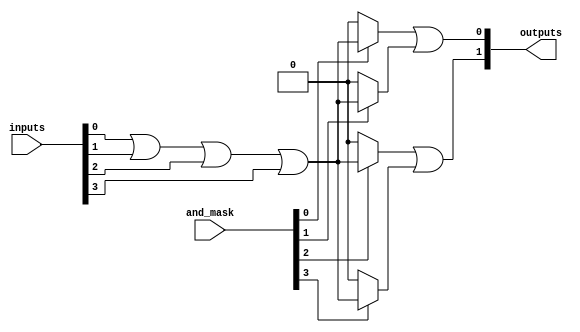
module masked_pal #(
    parameter NUM_INPUTS = 4,    // Number of inputs
    parameter NUM_AND_GATES = 4,  // Number of AND gates
    parameter NUM_OUTPUTS = 2     // Number of outputs
)(
    input [NUM_INPUTS-1:0] inputs,  // Input signals
    input [NUM_AND_GATES-1:0] and_mask, // Control signals to enable AND gates
    output [NUM_OUTPUTS-1:0] outputs // Output signals
);

// Declare wires for AND gate outputs
wire [NUM_AND_GATES-1:0] and_outputs;

// Programmable AND gates
genvar i;
generate
    for (i = 0; i < NUM_AND_GATES; i = i + 1) begin : and_gate_gen
        assign and_outputs[i] = (and_mask[i]) ? 
            ( (inputs[0] & (1'b1)) | (inputs[1] & (1'b1)) | (inputs[2] & (1'b1)) | (inputs[3] & (1'b1)) ) : 
            1'b0; // AND gate logic can be customized here
    end
endgenerate

// Fixed OR array to combine the AND gate outputs
wire or_out_0, or_out_1;

// Define connections for OR gates
assign or_out_0 = and_outputs[0] | and_outputs[1]; // Output 0 from AND gates 0 and 1
assign or_out_1 = and_outputs[2] | and_outputs[3]; // Output 1 from AND gates 2 and 3

// Assign to final outputs
assign outputs[0] = or_out_0; // Output 0
assign outputs[1] = or_out_1; // Output 1

endmodule